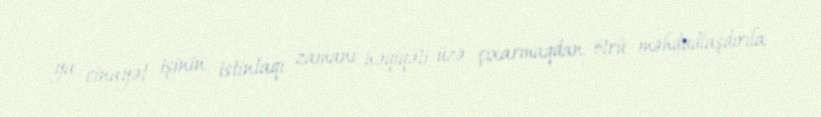
ya cinayət işinin istintaqı zamanı həqiqəti üzə çıxarmaqdan ötrü məhdudlaşdırıla